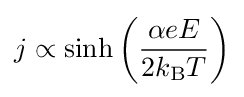
j\propto \sinh \left({\frac {\alpha eE}{2k_{\text{B}}T}}\right)